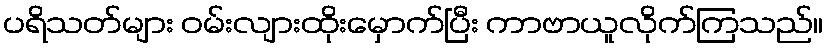
ပရိသတ်များ ဝမ်းလျားထိုးမှောက်ပြီး ကာဗာယူလိုက်ကြသည်။